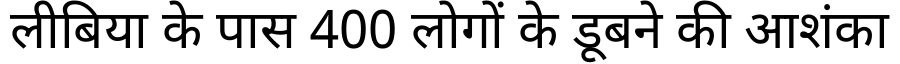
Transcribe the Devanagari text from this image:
लीबिया के पास 400 लोगों के डूबने की आशंका